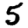
Digit: 5